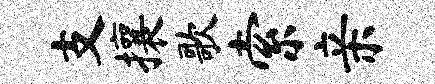
支攘歌索亲